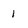
Character: 1